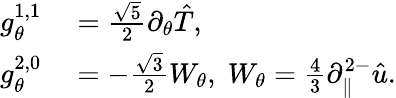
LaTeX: \begin{array}{rl}{g_{\theta}^{1,1}}&{{}=\frac{\sqrt{5}}{2}\partial_{\theta}\hat{T},}\\ {g_{\theta}^{2,0}}&{{}=-\frac{\sqrt{3}}{2}W_{\theta},\; W_{\theta}=\frac{4}{3}\partial_{\| }^{2-}\hat{u}.}\end{array}